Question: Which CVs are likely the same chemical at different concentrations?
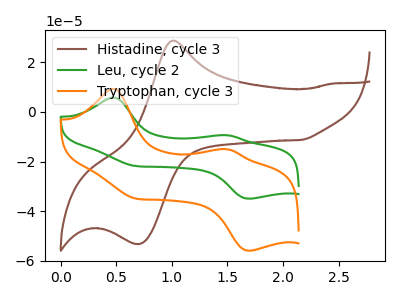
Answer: <think>The brown curve "Histadine, cycle 3" has an anodic peak at (1.00V, 28.70uA) and a cathodic peak at (0.70V, -53.15uA). The green curve "Leu, cycle 2" has anodic peaks at (0.45V, 5.80uA) (1.50V, -9.35uA) and cathodic peaks at (0.65V, -21.75uA) (1.70V, -34.95uA). The orange curve "Tryptophan, cycle 3" has anodic peaks at (0.45V, 9.30uA) (1.50V, -15.00uA) and cathodic peaks at (0.65V, -34.75uA) (1.70V, -55.90uA).
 "Histadine, cycle 3" and "Leu, cycle 2" have a different number of peaks. "Histadine, cycle 3" and "Tryptophan, cycle 3" have a different number of peaks. All the peaks in "Leu, cycle 2" have a peak in "Tryptophan, cycle 3" at the same potential.</think>
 <answer>"Tryptophan, cycle 3" and "Leu, cycle 2" have the same shape and are likely CV's of the same chemical.</answer>
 <eval>"Tryptophan, cycle 3" "Leu, cycle 2"</eval>